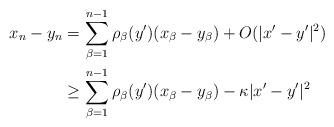
LaTeX: \begin{align*}\begin{aligned}x_n - y_n = \,& \sum_{\beta = 1}^{n-1}\rho_\beta (y') (x_\beta - y_\beta) + O (|x'-y'|^2)\\ \geq \,& \sum_{\beta = 1}^{n-1}\rho_\beta (y') (x_\beta - y_\beta) - \kappa |x'-y'|^2\end{aligned}\end{align*}